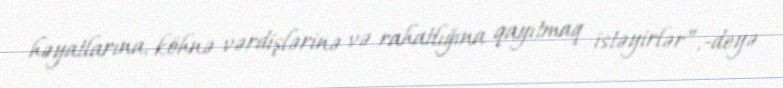
həyatlarına, köhnə vərdişlərinə və rahatlığına qayıtmaq istəyirlər”,-deyə